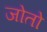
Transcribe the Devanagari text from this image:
जोतो